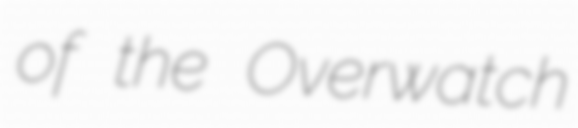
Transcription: of the Overwatch